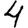
Digit: 4